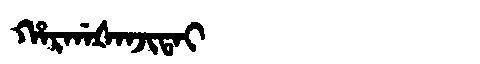
Manchu: ᡥᠠᡵᡤᠠᡧᠠᠨᠵᡳᡨᠠᡳ
Romanization: HARGAŠANJITAI